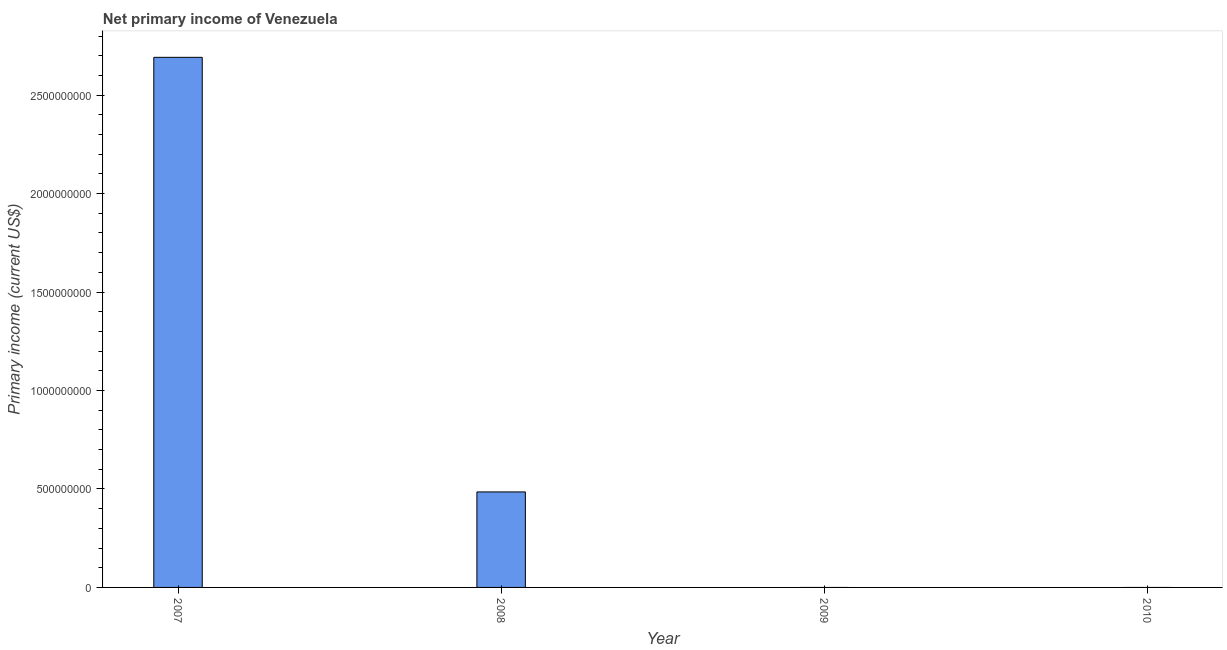
| Year | Net primary income |
 | --- | --- |
 | 2007 | 2.69e+09 |
 | 2008 | 4.85e+08 |
 | 2009 | -3.53e+09 |
 | 2010 | -6.3e+09 |